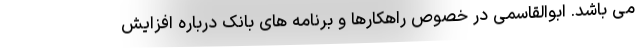
می باشد. ابوالقاسمی در خصوص راهکارها و برنامه های بانک درباره افزایش